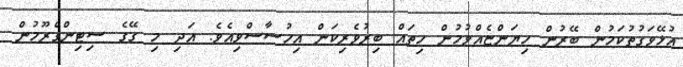
އުޅޭވަގުތުކަމުން ބޭރުން ހިޔަންޏެއްވުމުން ހިތައް ބިރުވެރިކަން އިހުސާސްވިއެވެ. އަދި މި ގޭގެ ސިޓިންގްރޫމުން